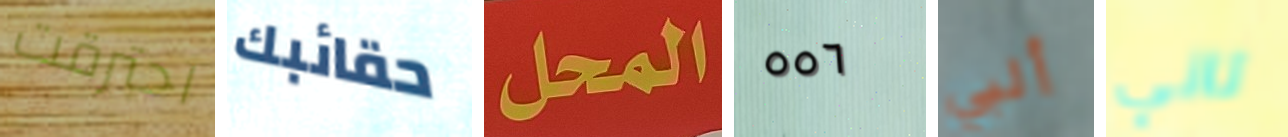
احترقت حقائبك المحل ٥٥٦ ألبي تاني